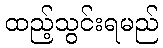
ထည့်သွင်းရမည်